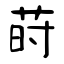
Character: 莳